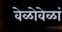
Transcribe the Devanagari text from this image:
वेळोवेळां